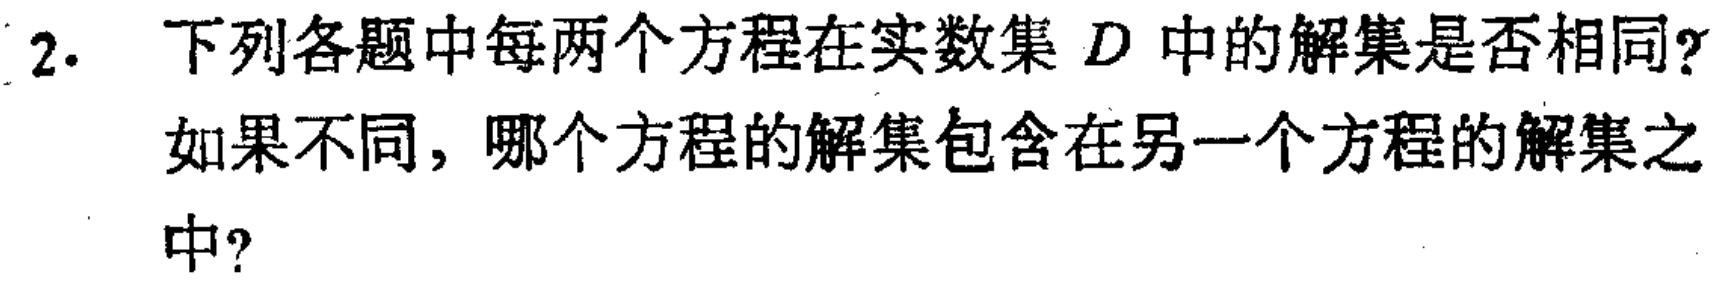
2. 下列各题中每两个方程在实数集 \(D\) 中的解集是否相同？如果不同，哪个方程的解集包含在另一个方程的解集之中？